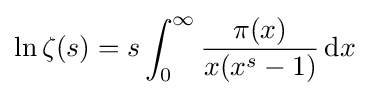
\ln \zeta (s)=s\int _{0}^{\infty }{\frac {\pi (x)}{x(x^{s}-1)}}\,\mathrm {d} x